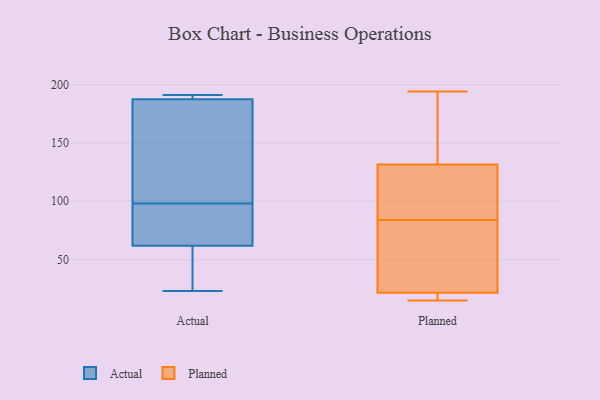
{"axis": {"x": "Website Visitors", "y": "Value"}, "legend": ["Actual", "Planned"], "data": [{"x": "", "y": 189, "type": "Actual"}, {"x": "", "y": 62, "type": "Actual"}, {"x": "", "y": 96, "type": "Actual"}, {"x": "", "y": 191, "type": "Actual"}, {"x": "", "y": 98, "type": "Actual"}, {"x": "", "y": 23, "type": "Actual"}, {"x": "", "y": 50, "type": "Actual"}, {"x": "", "y": 191, "type": "Actual"}, {"x": "", "y": 61, "type": "Actual"}, {"x": "", "y": 189, "type": "Actual"}, {"x": "", "y": 178, "type": "Actual"}, {"x": "", "y": 187, "type": "Actual"}, {"x": "", "y": 91, "type": "Actual"}, {"x": "", "y": 107, "type": "Actual"}, {"x": "", "y": 94, "type": "Actual"}, {"x": "", "y": 37, "type": "Actual"}, {"x": "", "y": 162, "type": "Actual"}, {"x": "", "y": 18, "type": "Planned"}, {"x": "", "y": 119, "type": "Planned"}, {"x": "", "y": 24, "type": "Planned"}, {"x": "", "y": 194, "type": "Planned"}, {"x": "", "y": 143, "type": "Planned"}, {"x": "", "y": 152, "type": "Planned"}, {"x": "", "y": 19, "type": "Planned"}, {"x": "", "y": 120, "type": "Planned"}, {"x": "", "y": 15, "type": "Planned"}, {"x": "", "y": 59, "type": "Planned"}, {"x": "", "y": 64, "type": "Planned"}, {"x": "", "y": 104, "type": "Planned"}]}